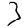
Digit: 3